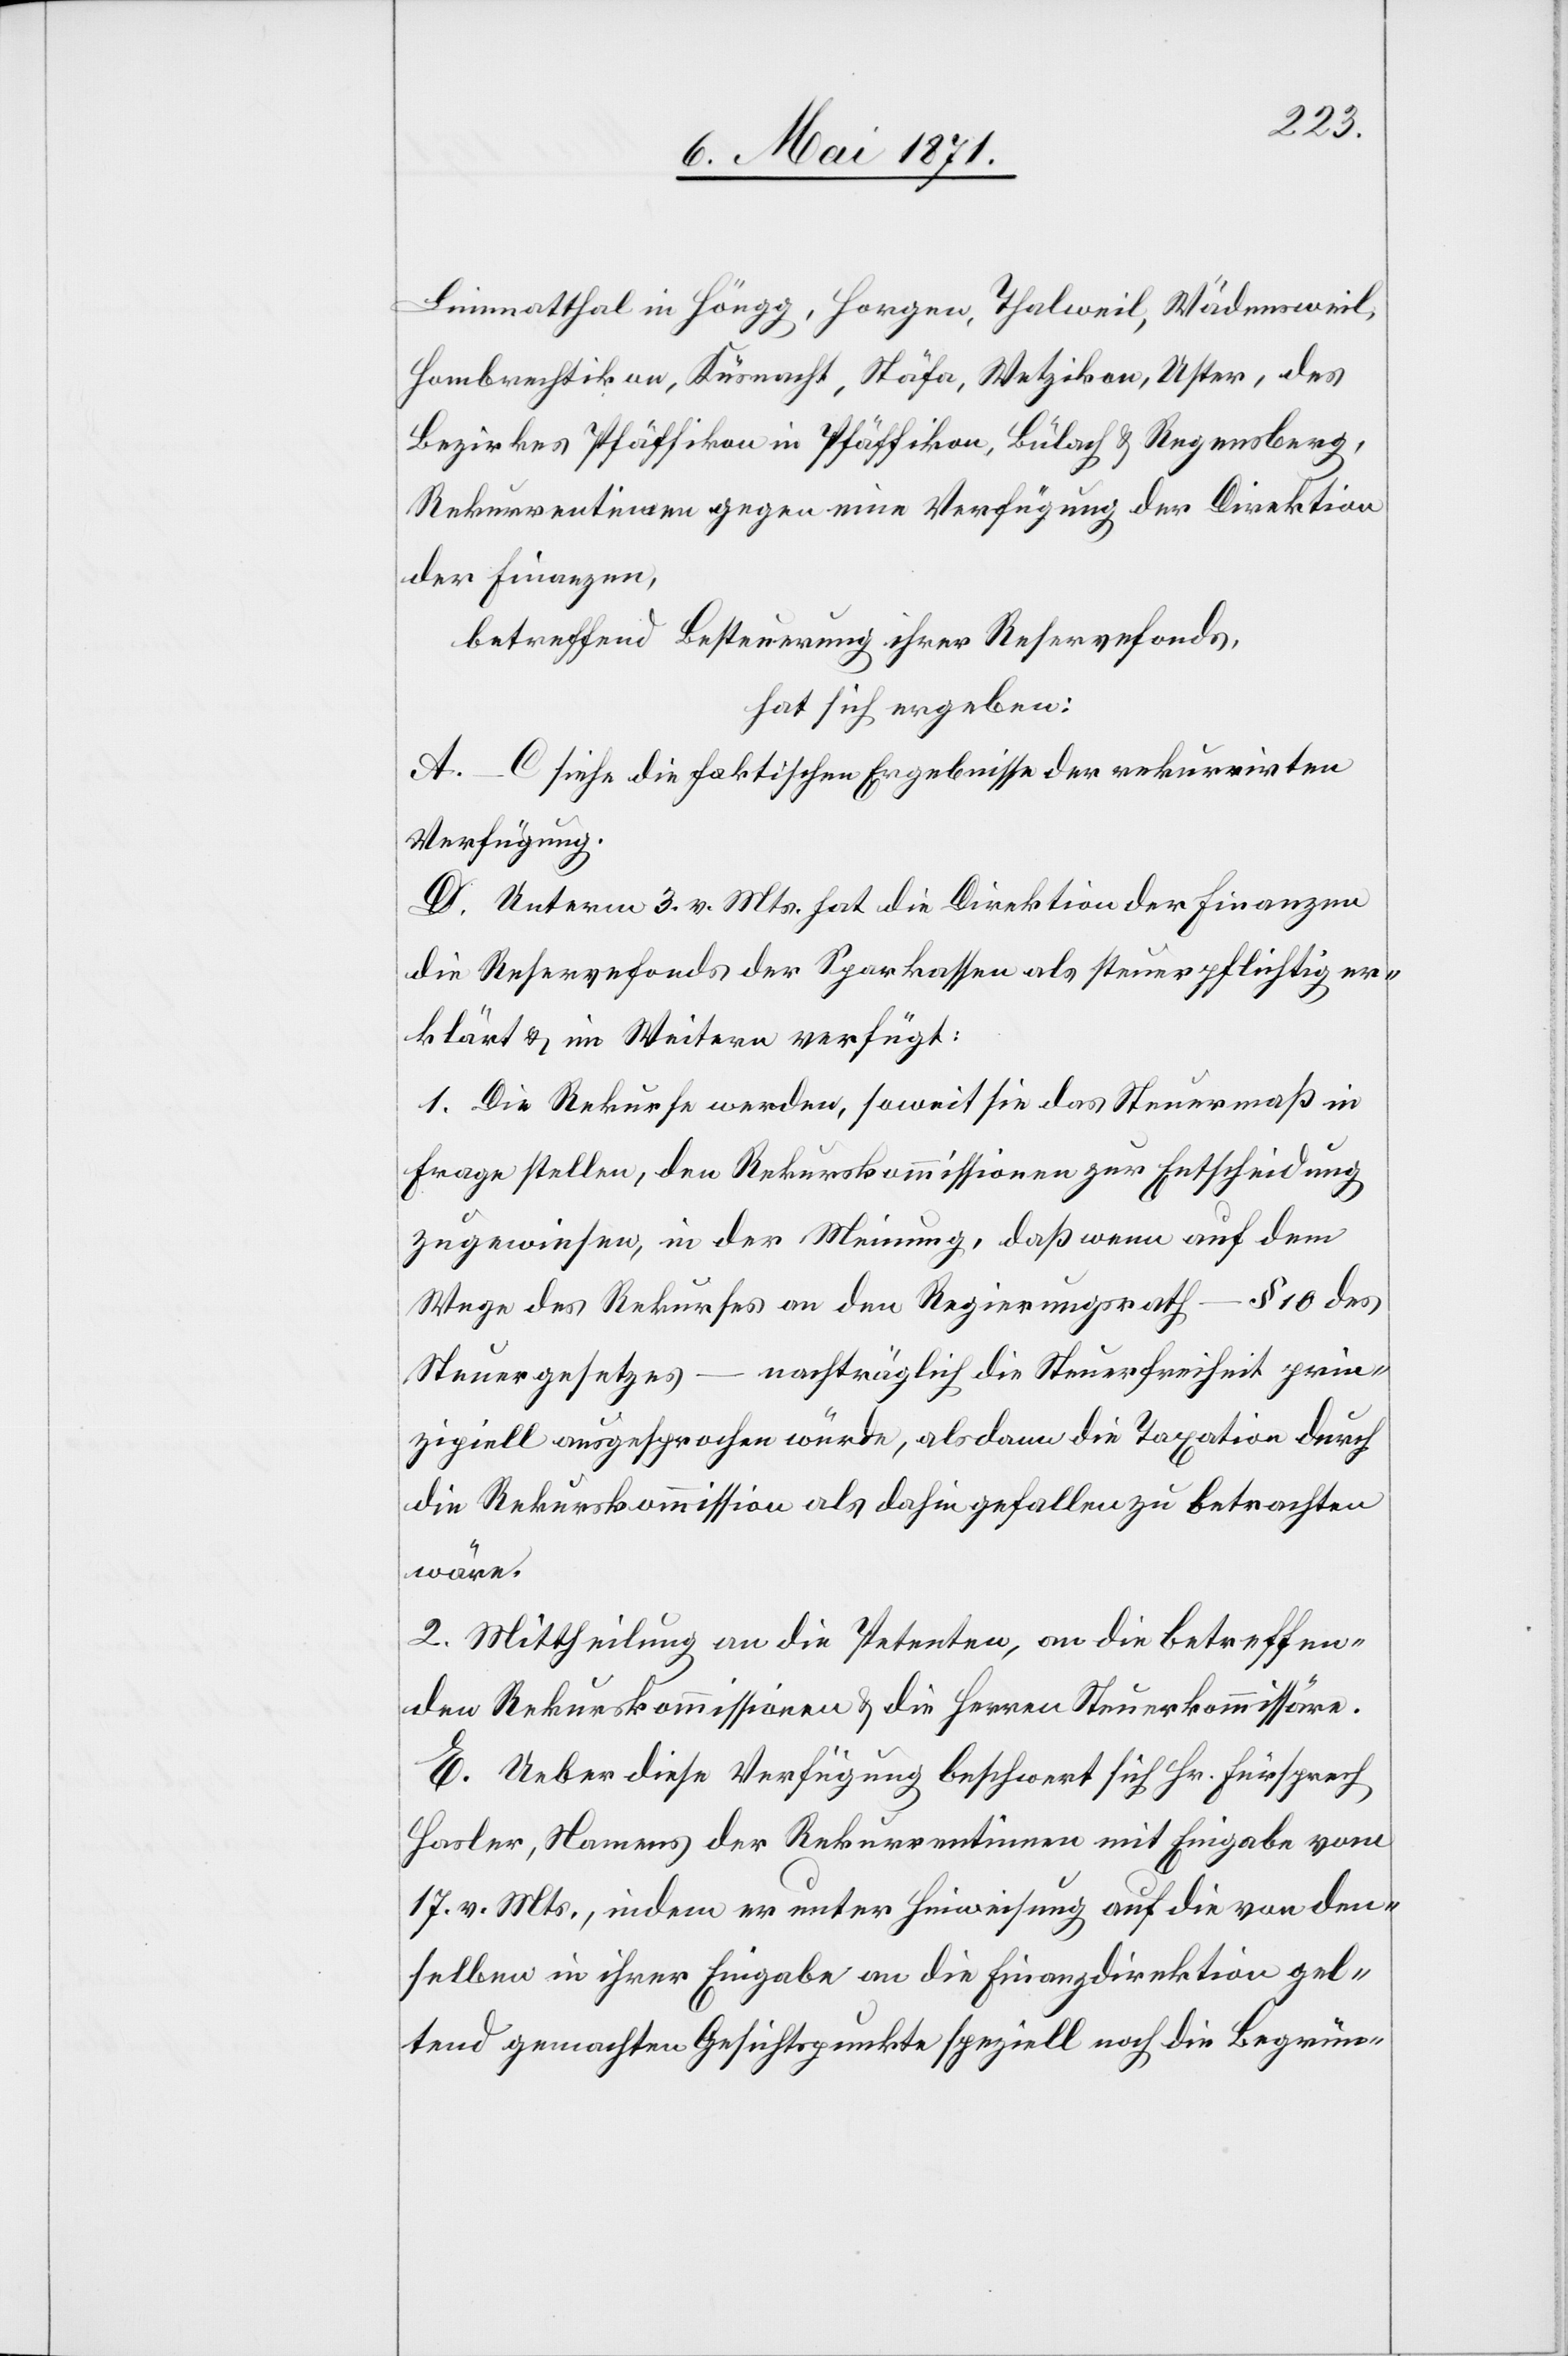
Limmatthal in Höngg, Horgen, Thalweil, Wädensweil,
Hombrechtikon, Küsnacht, Stäfa, Wetzikon, Uster, des
Bezirkes Pfäffikon in Pfäffikon, Bülach u. Regensberg,
Rekurrentinnen gegen eine Verfügung der Direktion
der Finanzen,
betreffend Besteuerung ihrer Reservefonds,
hat sich ergeben:
A.–C siehe die faktischen Ergebnisse der rekurrirten
Verfügung.
D. Unterm 3. v. Mts. hat die Direktion der Finanzen
die Reservefonds der Sparkassen als steuerpflichtig er¬
klärt u. im Weitern verfügt:
1. Die Rekurse werden, soweit sie das Steuermaß in
Frage stellen, den Rekurskommissionen zur Entscheidung
zugewiesen, in der Meinung, daß wenn auf dem
Wege des Rekurses an den Regierungsrath – § 10 des
Steuergesetzes – nachträglich die Steuerfreiheit prin¬
zipiell ausgesprochen würde, alsdann die Taxation durch
die Rekurskommission als dahin gefallen zu betrachten
wäre.
2. Mittheilung an die Petenten, an die betreffen¬
den Rekurskommissionen u. die Herren Steuerkommissäre.
E. Ueber diese Verfügung beschwert sich Hr. Fürsprech
Hasler, Namens der Rekurrentinnen mit Eingabe vom
17. v. Mts., indem er unter Hinweisung auf die von den¬
selben in ihrer Eingabe an die Finanzdirektion gel¬
tend gemachten Gesichtspunkte speziell noch die Begrün-